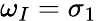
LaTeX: \omega_{I}=\sigma_{1}